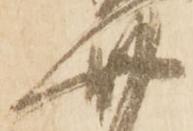
四